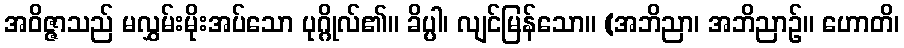
အဝိဇ္ဇာသည် မလွှမ်းမိုးအပ်သော ပုဂ္ဂိုလ်၏။ ခိပ္ပါ၊ လျင်မြန်သော။ (အဘိညာ၊ အဘိညာဉ်။ ဟောတိ၊